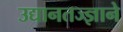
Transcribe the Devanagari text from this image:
उद्यानतज्ज्ञाने